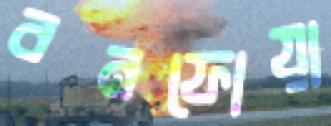
বনফোয়া